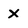
Character: X